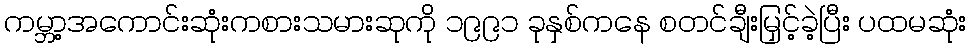
ကမ္ဘာ့အကောင်းဆုံးကစားသမားဆုကို ၁၉၉၁ ခုနှစ်ကနေ စတင်ချီးမြှင့်ခဲ့ပြီး ပထမဆုံး